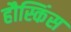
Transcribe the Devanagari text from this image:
हौस्किंस